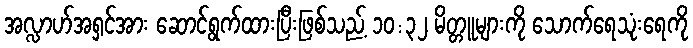
အလ္လာဟ်အရှင်အား ဆောင်ရွက်ထားပြီးဖြစ်သည့် ၁၀:၃၂ မိတ္တူများကို သောက်ရေသုံးရေကို